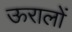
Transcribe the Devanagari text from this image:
ऊरालों